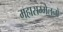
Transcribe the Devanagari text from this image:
महासम्मेलनों